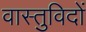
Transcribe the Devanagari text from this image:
वास्‍तुविदों